Plague in India, 1896, 1897 - Volume 1
Year: 1896
Disease focus: Plague
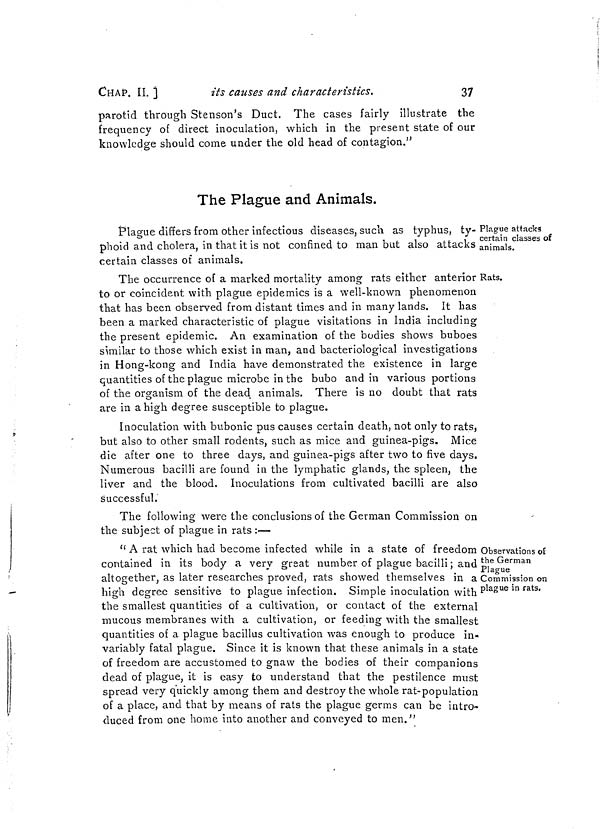
CHAP. II. i
its causes and characteristics.
37
parotid through Stenson's Duct. The cases fairly illustrate the
frequency of direct inoculation, which in the present state of our
knowledge should come under the old head of contagion."
The Plague and Animals.
Plague attacks
certain classes of
animals.
Plague differs from other infectious diseases, such as typhus, ty-
phoid and cholera, in that it is not confined to man but also attacks
certain classes of animals.
Rats.
The occurrence of a marked mortality among rats either anterior
to or coincident with plague epidemics is a well-known phenomenon
that has been observed from distant times and in many lands. It has
been a marked characteristic of plague visitations in India including
the present epidemic. An examination of the bodies shows buboes
similar to those which exist in man, and bacteriological investigations
in Hong-kong and India have demonstrated the existence in large
quantities of the plague microbe in the bubo and in various portions
of the organism of the dead animals. There is no doubt that rats
are in a high degree susceptible to plague.
Inoculation with bubonic pus causes certain death, not only to rats,
but also to other small rodents, such as mice and guinea-pigs. Mice
die after one to three days, and guinea-pigs after two to five days.
Numerous bacilli are found in the lymphatic glands, the spleen, the
liver and the blood. Inoculations from cultivated bacilli are also
successful.
The following were the conclusions of the German Commission on
the subject of plague in rats :—
Observations of
the German
Plague
Commission on
plague in rats.
" A rat which had become infected while in a state of freedom
contained in its body a very great number of plague bacilli ; and
altogether, as later researches proved, rats showed themselves in a
high degree sensitive to plague infection. Simple inoculation with
the smallest quantities of a cultivation, or contact oí the external
mucous membranes with a cultivation, or feeding with the smallest
quantities of a plague bacillus cultivation was enough to produce in-
variably fatal plague. Since it is known that these animals in a state
of freedom are accustomed to gnaw the bodies of their companions
dead of plague, it is easy to understand that the pestilence must
spread very quickly among them and destroy the whole rat-population
of a place, and that by means of rats the plague germs can be intro-
duced from one home into another and conveyed to men."